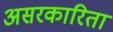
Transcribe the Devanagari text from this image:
असरकारिता